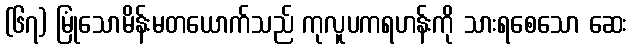
(၆၇) မြုံသောမိန်းမတယောက်သည် ကုလူပကရဟန်းကို သားရစေသော ဆေး